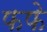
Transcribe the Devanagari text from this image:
फफे